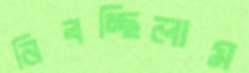
নিবচ্ছিলাম